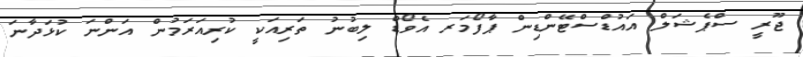
ޖޫރީ ސްޕެޝަލް އައުޑްސްޓޭންޑިން ޕާފޯމަރ އެވޯޑް ލިބުނު ތަރިއަކީ ކުރިއަރަމުން އަންނަ ކުޅަދާނަ